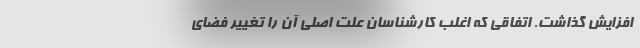
افزایش گذاشت. اتفاقی که اغلب کارشناسان علت اصلی آن را تغییر فضای